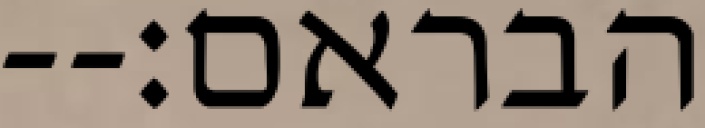
הבראם׃--